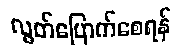
လွတ်မြောက်စေရန်